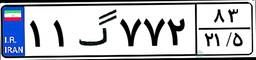
۰۸گ۰۴۴۸۸